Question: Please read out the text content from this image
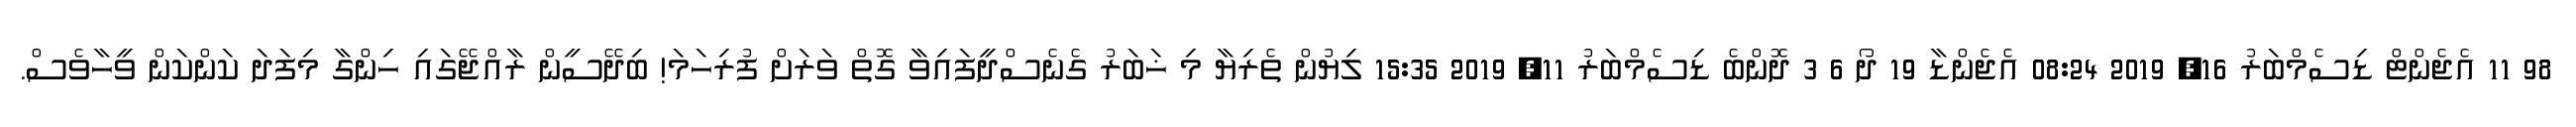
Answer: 98 11 އެޖެންޓް ޑިސެމްބަރު 16, 2019 08:24 އެޖެންޑާ 19 ދޯ 6 3 ދޮންބެ ޑިސެމްބަރު 11, 2019 15:35 ލިޔުން ތެރިޔާ މި ޚަބަރު ގެނެސްދީފައިވާ ގޮތް ވަރަށް ފުރިހަމަ! ބިދޭސީން ރާއްޖޭގައި ހިންގާ މިފަދަ ކަންކަން ވީހާވެސް.